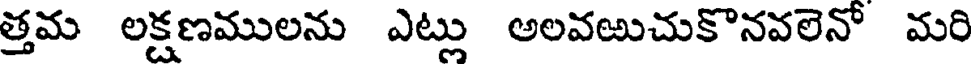
త్తమ లక్షణములను ఎట్లు అలవఱుచుకొనవలెనో మరి